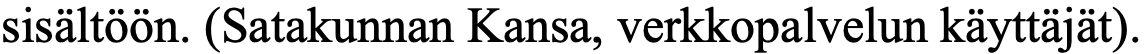
sisältöön. (Satakunnan Kansa, verkkopalvelun käyttäjät).